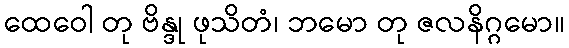
ထေဝေါ တု ဗိန္ဒု ဖုသိတံ၊ ဘမော တု ဇလနိဂ္ဂမော။